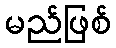
မည်ဖြစ်